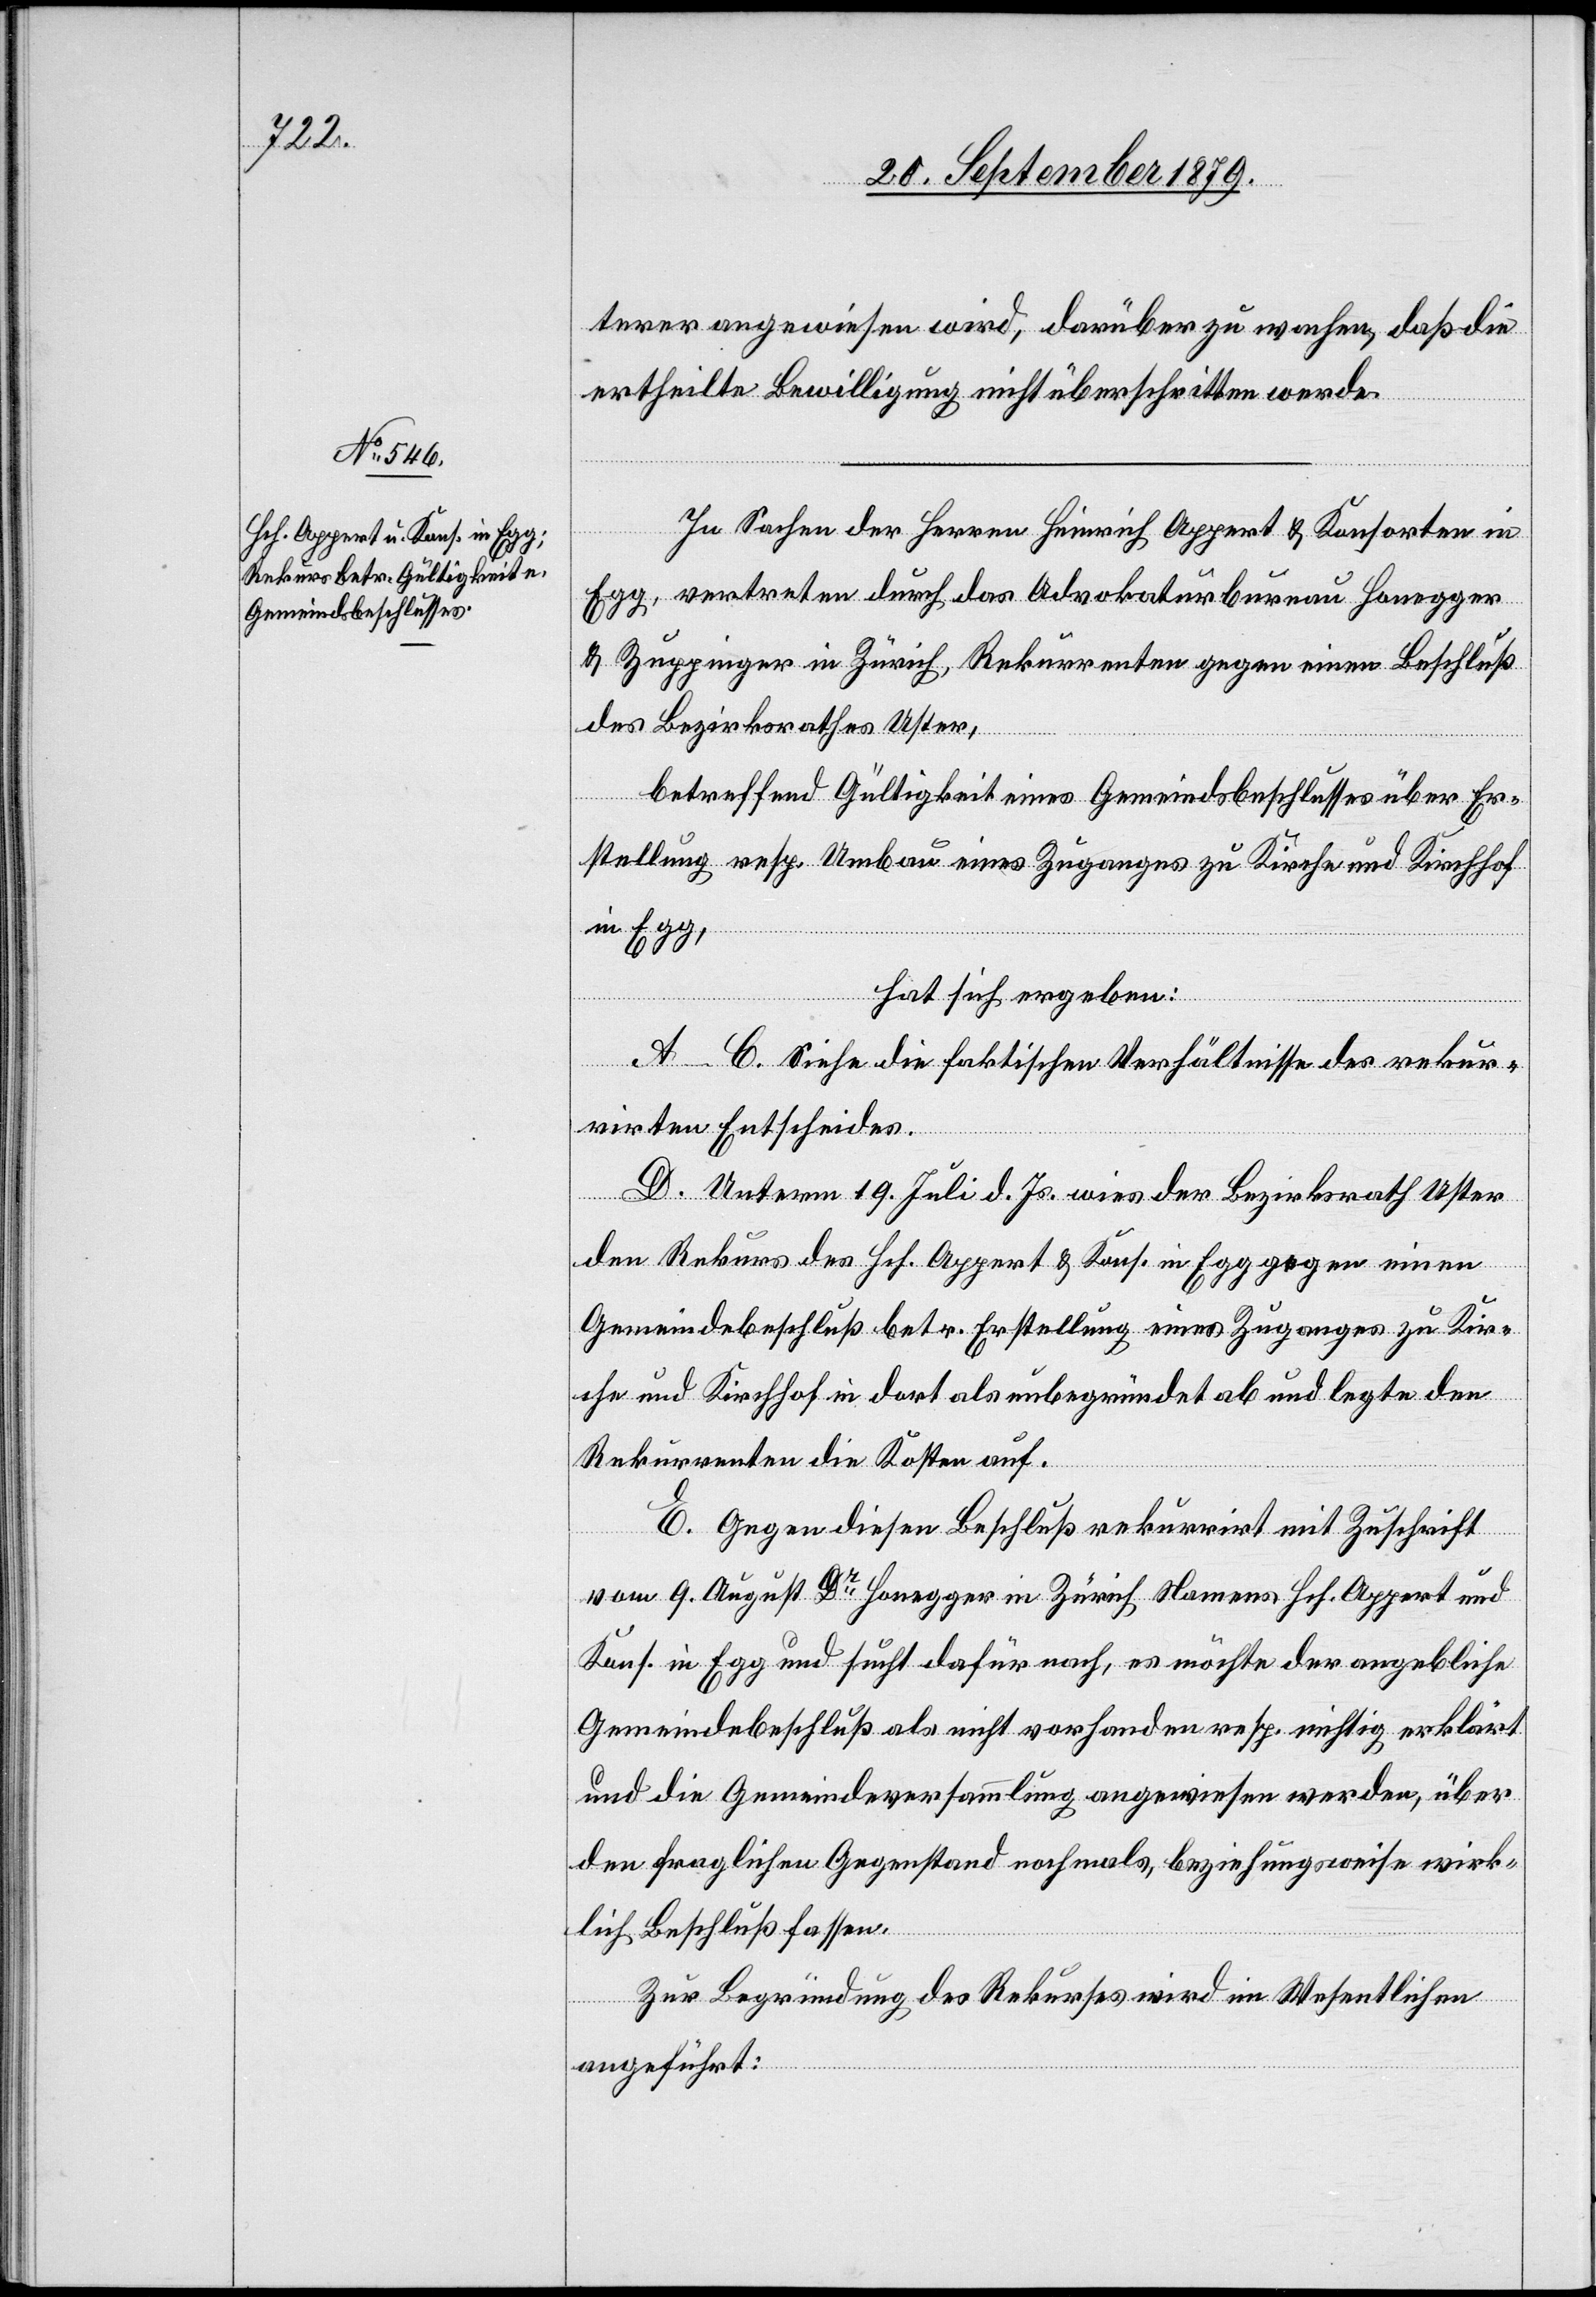
terer angewiesen wird, darüber zu wachen, daß die
ertheilte Bewilligung nicht überschritten werde.
In Sachen der Herren Heinrich Appert & Konsorten in
Egg, vertreten durch das Advokaturbureau Honegger
& Zuppinger in Zürich, Rekurrenten gegen einen Beschluß
des Bezirksrathes Uster,
betreffend Gültigkeit eines Gemeindsbeschlusses über Er¬
stellung resp. Umbau eines Zuganges zu Kirche und Kirchhof
in Egg,
hat sich ergeben:
A–C. Siehe die faktischen Verhältnisse des rekur¬
rirten Entscheides.
D. Unterm 19. Juli d. Js. wies der Bezirksrath Uster
den Rekurs des Hch. Appert & Kons. in Egg gegen einen
Gemeindebeschluß betr. Erstellung eines Zuganges zu Kir¬
che und Kirchhof in dort als unbegründet ab und legte den
Rekurrenten die Kosten auf.
E. Gegen diesen Beschluß rekurrirt mit Zuschrift
vom 9. August Dr Honegger in Zürich Namens Hch. Appert und
Kons. in Egg und sucht dafür nach, es möchte der angebliche
Gemeindebeschluß als nicht vorhanden resp. nichtig erklärt
und die Gemeindeversammlung angewiesen werden, über
den fraglichen Gegenstand nochmals, beziehungsweise wirk¬
lich Beschluß fassen.
Zur Begründung des Rekurses wird im Wesentlichen
angeführt: